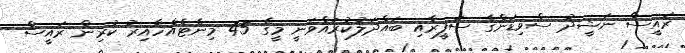
ރައީސް ނަޝީދު ސްވިޑަންގެ ސަފީރާއި ބައްދަލުކުރައްވަނީ މީގެ 45 މިނެޓެއްހާއިރު ކުރިން ރައީސް